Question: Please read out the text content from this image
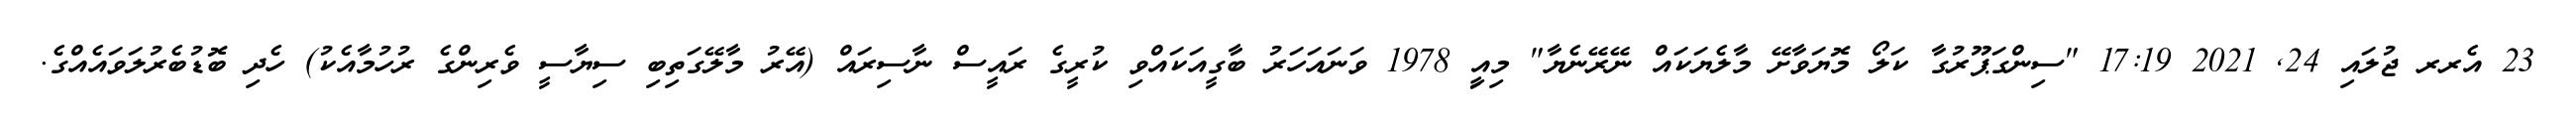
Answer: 23 އެރރ ޖުލައި 24, 2021 17:19 "ސިންގަޕޫރުގާ ކަލޯ މޮޔަވާށޭ މާލެޔަކައް ނޭރޭނެޔާ" މިއިީ 1978 ވަނައަހަރު ބާގީއަކައްވި ކުރީގެ ރައީސް ނާސިރައް (އޭރު މާލޭގަތިބި ސިޔާސީ ވެރިންގެ ރުހުމާއެކު) ހެދި ބޮޑުބެރުލަވައެއްގެ.